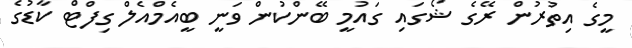
މީގެ އިތުރުން ރޭގެ ޝޯގައި ގައުމީ ބޭންކުން ވަނީ ބީއެމްއެލް ގިފްޓް ކާޑުގެ